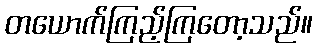
တယောက်ကြည့်ကြတော့သည်။